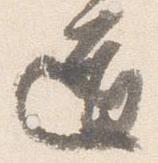
道